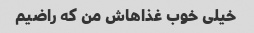
خیلی خوب غذاهاش من که راضیم